Report on horse surra - Volume II, Part II
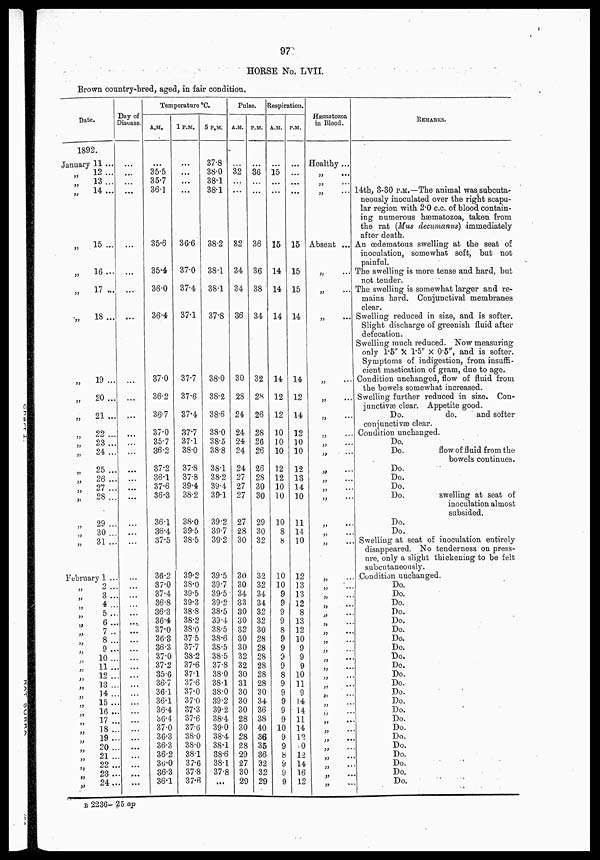
97
HORSE No. LVII.
Brown country-bred, aged, in fair condition.
Date.
1892.
January 11 ...
„ 12 ...
„ 13 ...
„ 14 ...
„
15 ...
„
16 ...
„ 17...
„ 18 ...
„
19 ...
„
„
20 ...
„ 21 ...
„
22 ...
„ 23 ...
„
24 ...
„ 25 ....
„
26 ...
„
27 ...
„
28 ...
„ 29 ...
„
30 ...
„
31 ...
February 1 ...
„ 2 ...
„
3 ...
„ 4 ...
„
5 ...
„
6 ...
„
7 ...
„
8 ...
„
9 ...
„
10 ...
„
11 ...
„
12 ...
„ 13...
„
14 ...
„
15 ...
„
16 ...
„
17 ...
„
18 ...
„
19 ...
„
20 ...
„ 21...
„ 22 ...
„
23 ...
„ 24...
Day of
Disease.
...
...
...
...
...
...
...
...
...
...
...
...
...
...
...
...
...
...
...
...
...
...
...
...
...
...
...
...
...
...
...
...
...
...
...
...
...
...
...
...
...
...
...
...
...
Temperature °C.
A.M.
...
35.5
35.7
36.1
35.6
35.4
36.0
36.4
37.0
36.2
36.7
37.0
35.7
36.2
37.2
36.1
37.6
36.3
36.1
36.4
37.5
36.2
37.0
37.4
36.8
36.3
36.4
37.0
36.8
36.3
37.0
37.2
35.6
36.7
36.1
36.1
36.4
36.4
37.0
36.3
36.3
36.2
36.0
36.3
36.1
1 P.M.
...
...
...
36.6
37.0
37.4
37.1
37.7
37.6
37.4
37.7
37.1
38.0
37.8
37.8
39.4
38.2
38.0
39.5
38.5
39.2
38.0
39.5
39.3
38.8
38.2
38.0
37.5
37.7
38.2
37.6
37.1
37.6
37.0
37.0
37.3
37.6
37.6
38.0
38.0
38.1
37.6
37.8
37.6
5 P.M.
37.8
38.0
38.1
38.1
38.2
38.1
38.1
37.8
38.0
38.2
38.6
38.0
38.5
38.8
38.1
38.2
39.4
39.1
39.2
39.7
39.2
39.5
39.7
39.5
39.2
38.5
39.4
38.5
38.6
38.5
38.5
37.8
38.0
38.1
38.0
39.2
39.2
38.4
39.0
38.4
38.1
38.6
38.1
37.8
...
Pulse.
A.M.
32
...
32
34
34
36
30
28
24
24
24
24
24
27
27
27
27
28
30
30
30
34
33
30
30
32
30
30
32
32
30
31
30
30
30
28
30
28
28
29
27
30
29
P.M.
36
...
36
36
38
34
32
28
26
28
26
26
26
28
30
30
29
30
32
32
32
34
34
32
32
30
28
28
28
28
28
28
30
34
36
38
40
36
35
36
32
32
29
Respiration.
A.M.
...
15
...
15
14
14
14
14
12
12
10
10
10
12
12
10
10
10
8
8
10
10
9
9
9
9
8
9
9
9
9
8
9
9
9
9
9
10
9
9
8
9
9
9
P.M.
...
...
...
15
15
15
14
14
12
14
12
10
10
12
13
14
10
11
14
10
12
13
13
12
8
13
12
10
9
9
9
10
11
9
14
14
11
14
12
10
12
14
16
12
Hæmatozoa
in Blood.
Healthy ...
„ ...
„ ...
Absent ...
„ ...
„ ...
„ ...
„ ...
„
„ ...
„ ...
„
„ ...
„ ...
„
„
„ ...
„ ...
„
„ ...
„ ...
„ ...
„ ...
„ ...
„ ...
„ ...
„ ...
„ ...
„ ...
„ ...
„ ...
„ ...
„ ...
„ ...
„ ...
„ ...
„ ...
„ ...
„ ...
„ ...
„ ...
„ ...
„ ...
„ ...
REMARKS.
14th, 3-30 P.M.—The animal was subcuta-
neously inoculated over the right scapu¬
lar region with 2.0 c.c. of blood contain¬
ing numerous hæmatozoa, taken from
the rat (Mus decumanus) immediately
after death.
An œdematous swelling at the seat of
inoculation, somewhat soft, but not
painful.
The swelling is more tense and hard, but
not tender.
The swelling is somewhat larger and re¬
mains hard. Conjunctival membranes
clear.
Swelling reduced in size, and is softer.
Slight discharge of greenish fluid after
defecation.
Swelling much reduced. Now measuring
only 1.5" × 1.5" × 0.5",and is softer.
Symptoms of indigestion, from insuffi¬
cient mastication of gram, due to age.
Condition unchanged, flow of fluid from
the bowels somewhat increased.
Swelling further reduced in size. Con¬
junctivæ clear. Appetite good.
Do.
do.
and softer
conjunctivæ clear.
Condition unchanged.
Do.
Do.
flow
of fluid from the
bowels continues.
Do.
Do.
Do.
Do.
swelling at seat of
inoculation almost
subsided.
Do.
Do.
Swelling at seat of inoculation entirely
disappeared. No tenderness on press¬
ure, only a slight thickening to be felt
subcutaneously.
Condition unchanged.
Do.
Do.
Do.
Do.
Do.
Do.
Do.
Do.
Do.
Do.
Do.
Do.
Do.
Do.
Do.
Do.
Do.
Do.
Do.
Do.
Do.
Do.
Do.
B 2236-25 ap